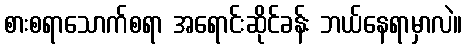
စားစရာသောက်စရာ အရောင်းဆိုင်ခန်း ဘယ်နေရာမှာလဲ။